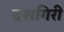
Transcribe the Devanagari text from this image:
दशगिरी